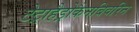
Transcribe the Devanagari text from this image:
टेट्राहैड्रोकैनबिवरिन